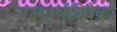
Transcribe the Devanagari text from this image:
परमार्थविवेका